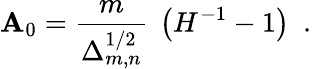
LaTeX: \mathbf{A}_{0}=\frac{{m}}{{\Delta_{m,n}^{1/2}}}~\left({H}^{-1}-1\right)~~.